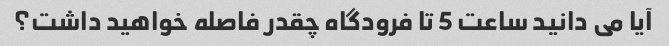
آیا می دانید ساعت 5 تا فرودگاه چقدر فاصله خواهید داشت؟